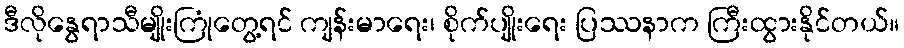
ဒီလိုနွေရာသီမျိုးကြုံတွေ့ရင် ကျန်းမာရေး၊ စိုက်ပျိုးရေး ပြဿနာက ကြီးထွားနိုင်တယ်။